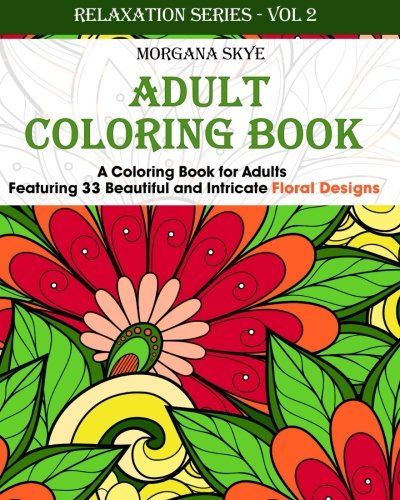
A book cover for Adult Coloring Book: Coloring Book For Adults Featuring 33 Beautiful Floral Designs (Relaxation Series) (Volume 2); Morgana Sky; Arts & Photography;